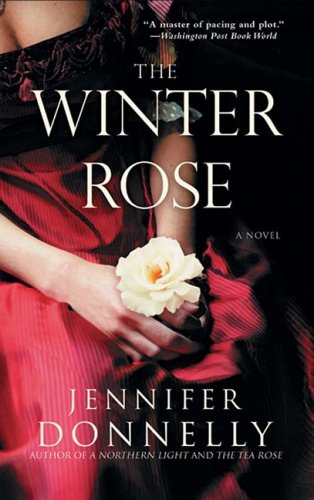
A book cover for The Winter Rose; Jennifer Donnelly; Romance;